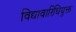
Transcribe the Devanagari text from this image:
विद्यावारिधियुक्त